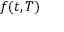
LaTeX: \textstyle f ( t , T )